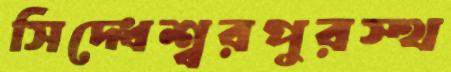
সিদ্ধেশ্বরপুরস্থ